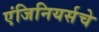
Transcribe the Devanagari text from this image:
एंजिनियर्सचे